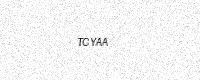
Text: TCYAA